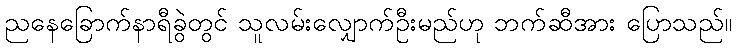
ညနေခြောက်နာရီခွဲတွင် သူလမ်းလျှောက်ဦးမည်ဟု ဘက်ဆီအား ပြောသည်။